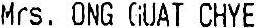
MRS. ONG GUAT CHYE